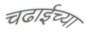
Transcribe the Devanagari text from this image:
चढाईच्या